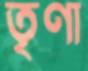
তৃণা